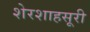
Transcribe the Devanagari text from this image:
शेरशाहसूरी